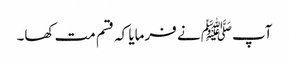
آپﷺ نے فرمایا کہ قسم مت کھا۔